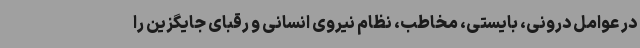
در عوامل درونی، بایستی، مخاطب، نظام نیروی انسانی و رقبای جایگزین را